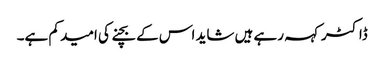
ڈاکٹر کہہ رہے ہیں شاید اس کے بچنے کی امید کم ہے۔